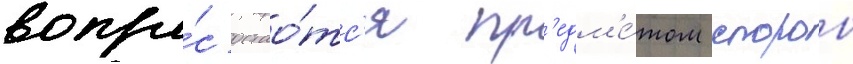
вопро́с остао́тс'я пр'едм'е́том споров